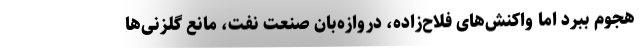
هجوم ببرد اما واکنش‌های فلاح‌زاده، دروازه‌بان صنعت نفت، مانع گلزنی‌ها